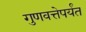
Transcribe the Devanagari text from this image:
गुणवत्तेपर्यंत